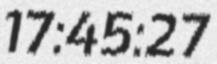
17:45:27